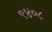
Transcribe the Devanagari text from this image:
९४०८